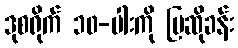
ဒုစရိုက် ၁၀-ပါးကို ပြဆိုခန်း